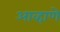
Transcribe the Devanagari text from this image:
आव्हाणे